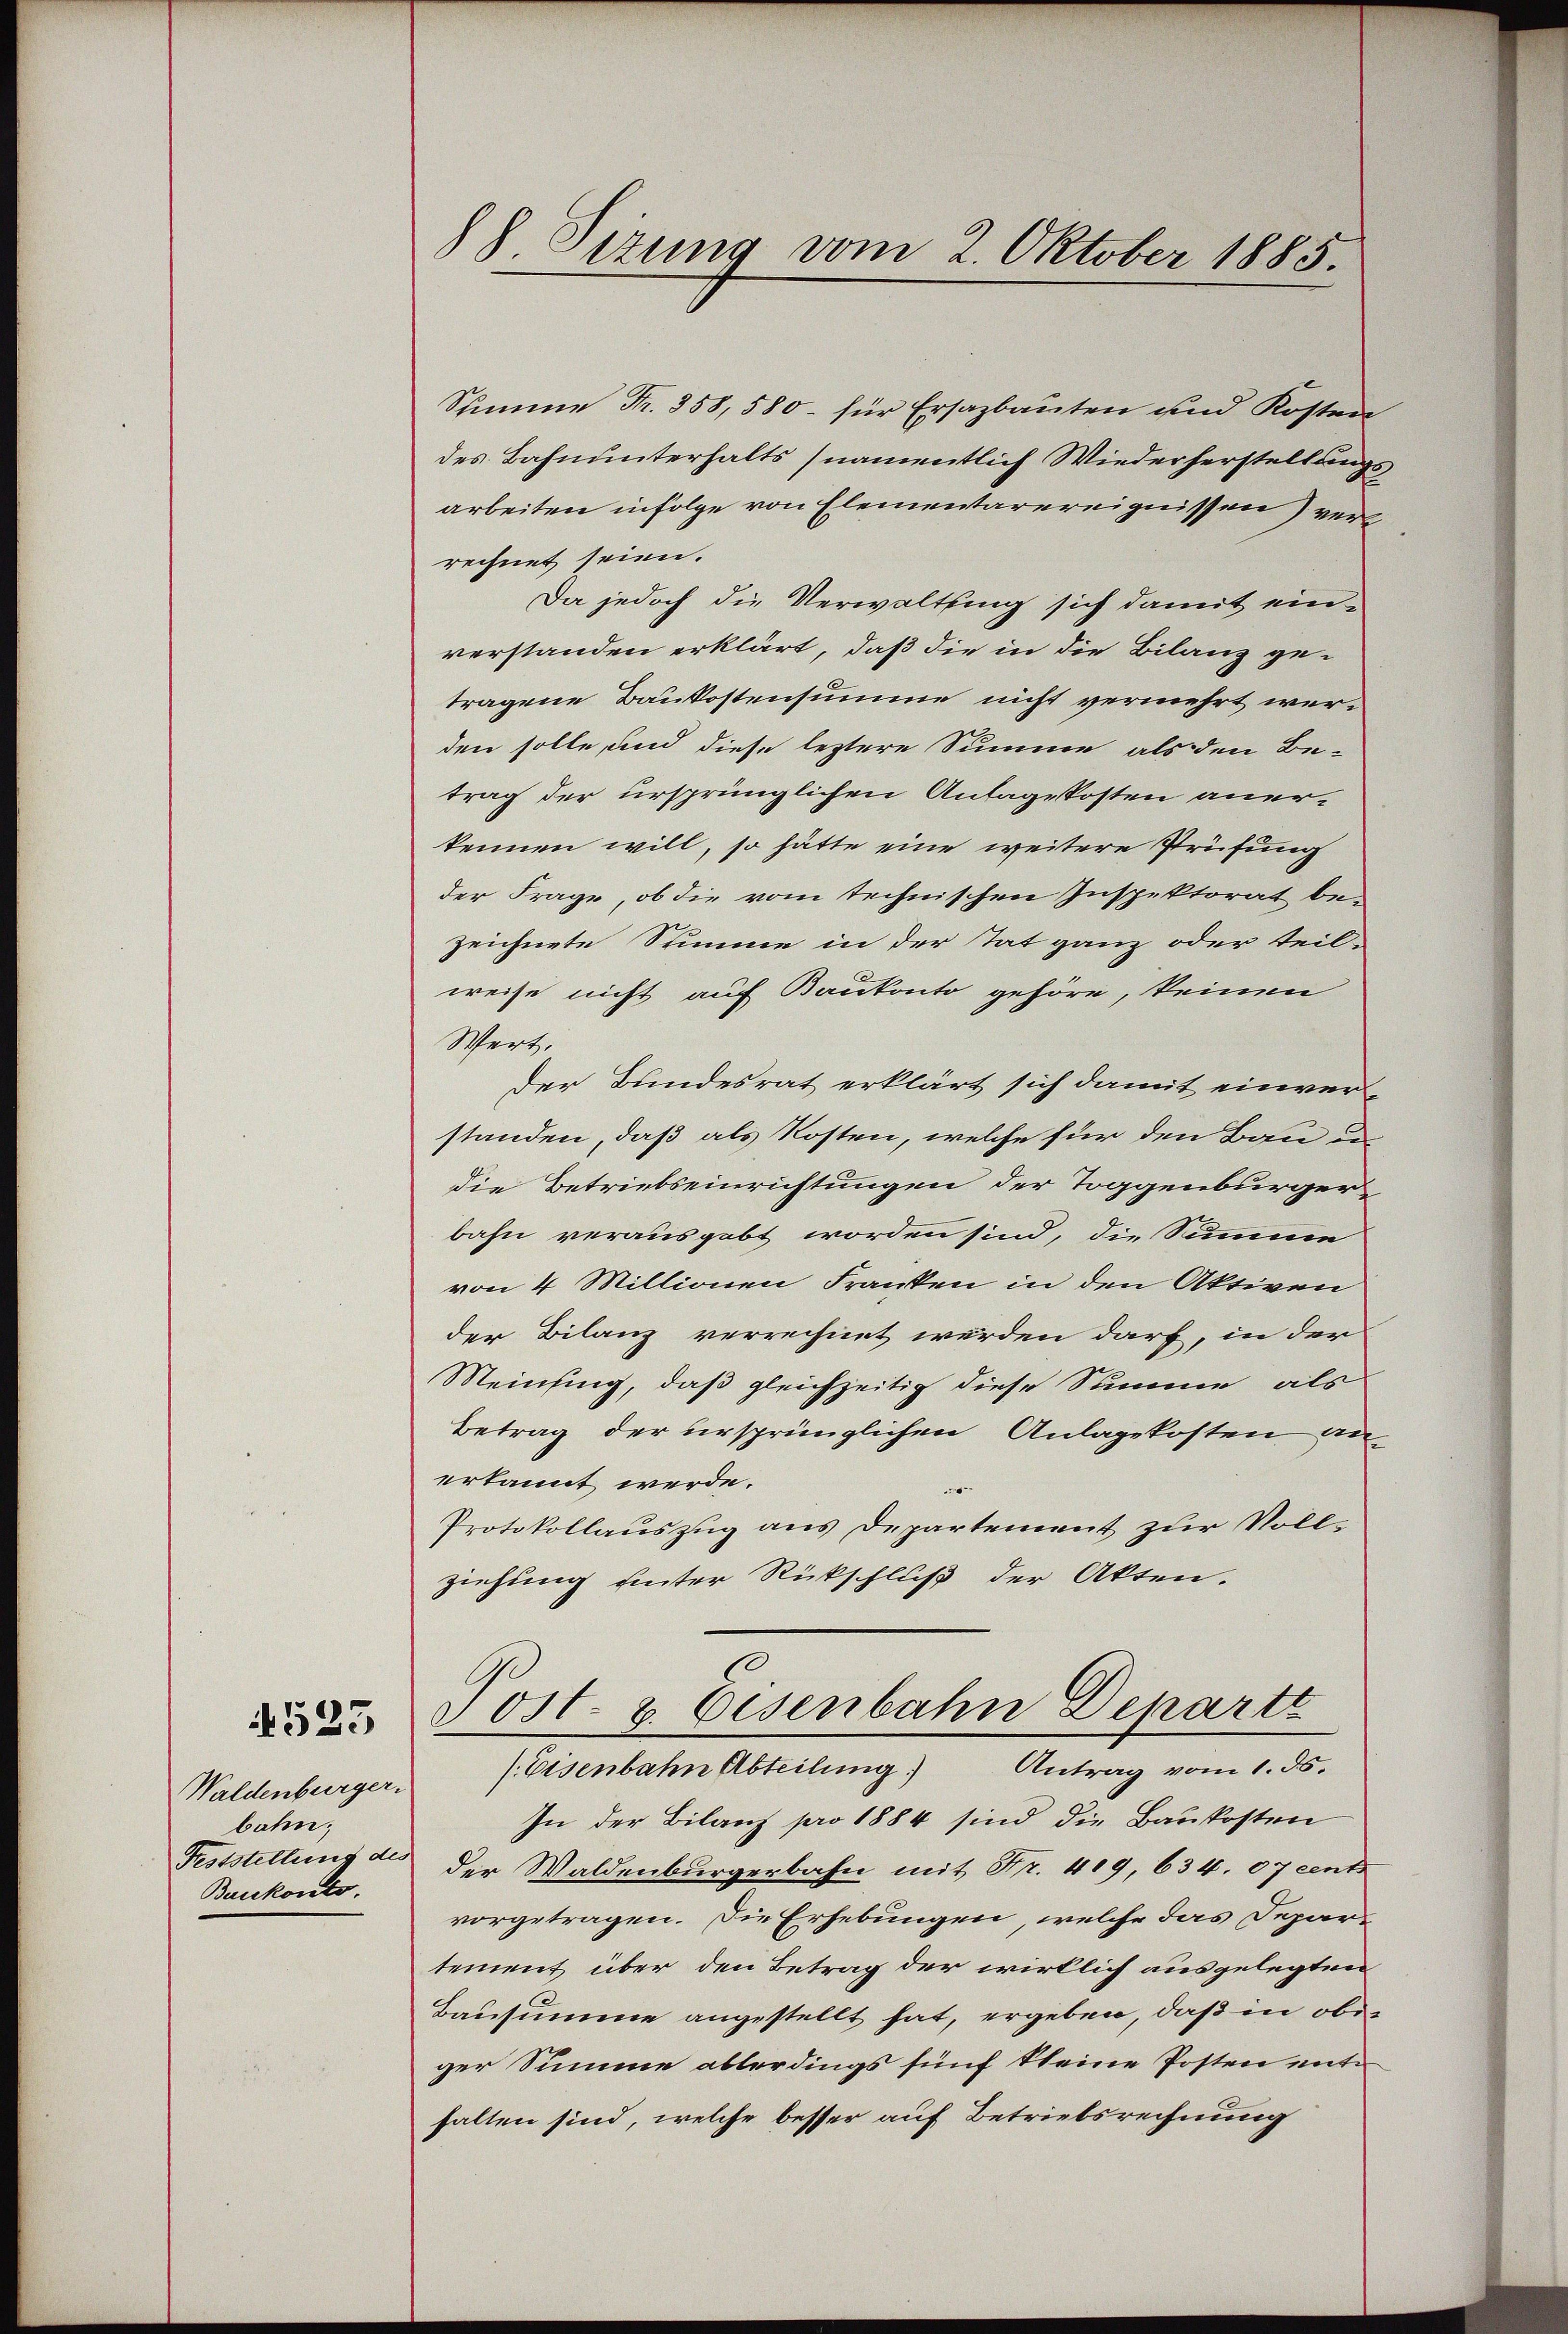
1525

Waldenburger.
bahn;
Baukonto.

88 Sizung vom 2. Oktober 1885.

Summe Fr. 358, 580 für Ersazbauten und Kosten
des Bahnunterhalts (namentlich Wiederherstellungs
arbeiten infolge von Elementarereignissen) verrechnet seien.
Da jedoch die Verwaltung sich damit einverstanden erklärt, daß die in die Bilanz getragene Baukostensumme nicht vermehrt werden solle, und diese leztere Summe als den Be-
trag der ursprünglichen Anlagekosten aner-
kennen will, so hätte eine weitere Prüfung
der Frage, ob die vom technischen Inspektorat be-
zeichnete Summe in der Tat ganz oder teil-
weise nicht auf Bankonto gehöre, keinen
Wert,
der Bundesrat erklärt sich damit einverstanden, daß als Kosten, welche für den Bau den
die Betriebseinrichtungen der Toggenburger
bahn verausgabt worden sind, die Summe
von 4 Millionen Franken in den Aktiven
der Bilanz verrechnet werden darf, in der
Meinfing, daß gleichzeitig diese Summe, als
Betrag der ursprünglichen Anlagekosten an-
erkannt werde.
9
Protokollauszug aus Departement zur Vollziehung unter Rückschluß der Akten.

Post- & Eisenbahn Departe
/ Eisenbahn Abteilung) Antrag vom 1. ds.

In der Bilanz pro 1884 sind die Baukosten
Feststellung des der Waldenburgerbahn mit Fr. 409, 634. 07 cents
vorgetragen. Die Erhebungen, welche das Departement über den Betrag der wirklich ausgelegten
Bausumme angestellt hat, ergeben, daß in obiger Summe ablerdings fünf Steine Posten enthalten sind, welche besser auf Betriebsrechnung